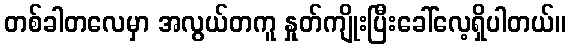
တစ်ခါတလေမှာ အလွယ်တကူ နှုတ်ကျိုးပြီးခေါ်လေ့ရှိပါတယ်။